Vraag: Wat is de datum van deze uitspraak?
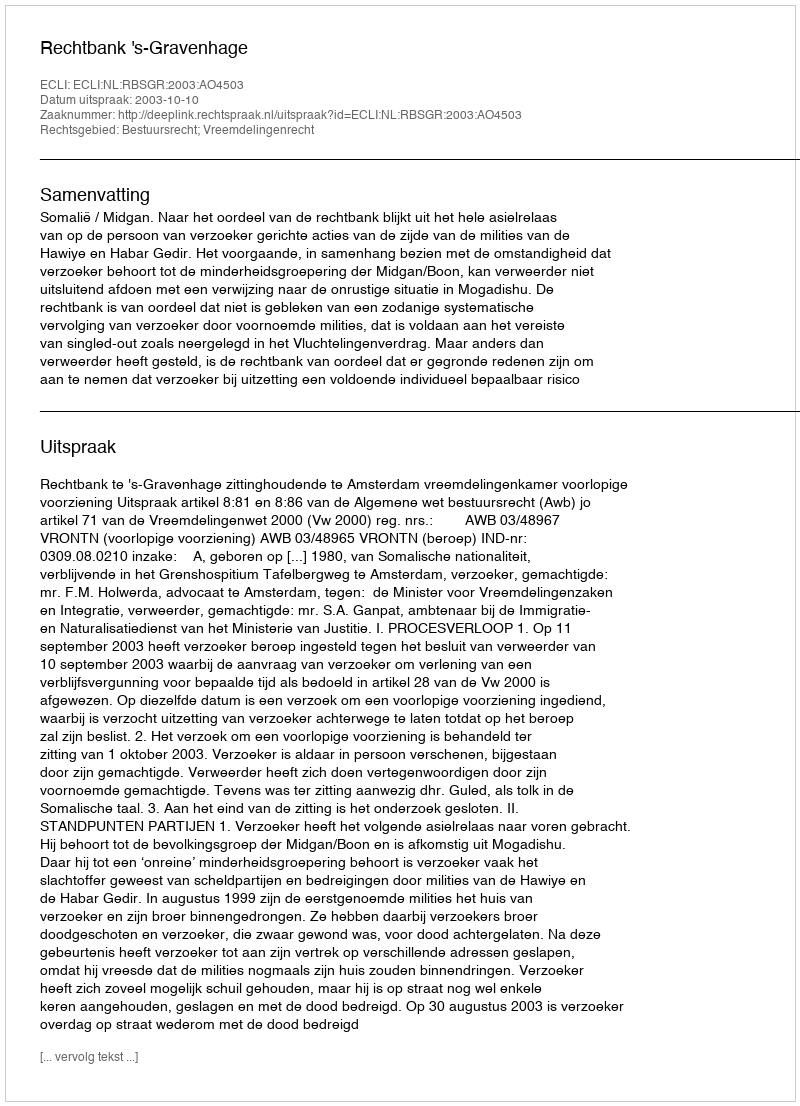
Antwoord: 2003-10-10